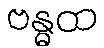
ဗန္ဓထ